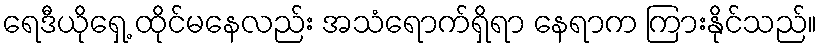
ရေဒီယိုရှေ့ ထိုင်မနေလည်း အသံရောက်ရှိရာ နေရာက ကြားနိုင်သည်။